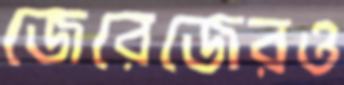
জেরেজেরও